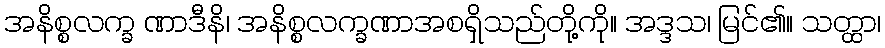
အနိစ္စလက္ခ ဏာဒီနိ၊ အနိစ္စလက္ခဏာအစရှိသည်တို့ကို။ အဒ္ဒသ၊ မြင်၏။ သတ္ထာ၊